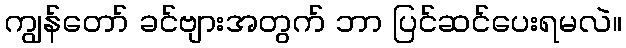
ကျွန်တော် ခင်ဗျားအတွက် ဘာ ပြင်ဆင်ပေးရမလဲ။